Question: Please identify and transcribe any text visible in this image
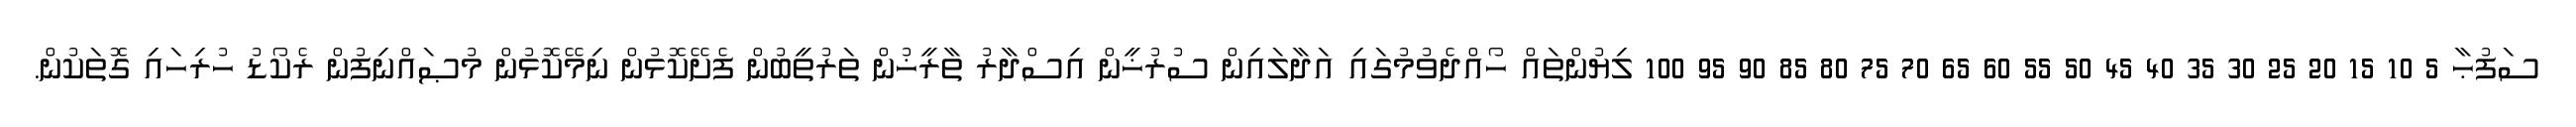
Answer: ސަފުޙާ 5 10 15 20 25 30 35 40 45 50 55 60 65 70 75 80 85 90 95 100 ލިޔުންތައް ހޯއްދެވުމުގައި އަދާލައިން ސުރުޚީން އިސްދާރު ތާރީޚުން ތަރުތީބުން ފެށޭކޮޅުން ނިމޭކޮޅުން މުޞައްނިފުން ރެކޯޑު ހުރިހައި ގޮތަކުން.